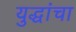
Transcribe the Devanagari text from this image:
युद्धांचा